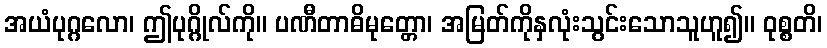
အယံပုဂ္ဂလော၊ ဤပုဂ္ဂိုလ်ကို။ ပဏီတာဓိမုတ္တော၊ အမြတ်ကိုနှလုံးသွင်းသောသူဟူ၍။ ဝုစ္စတိ၊